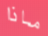
ماذا